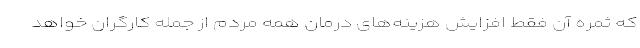
که ثمره آن فقط افزایش هزینه‌های درمان همه مردم از جمله کارگران خواهد